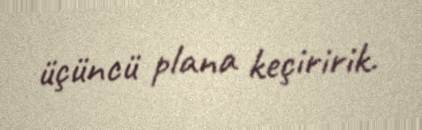
üçüncü plana keçiririk.